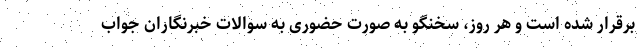
برقرار شده است و هر روز، سخنگو به صورت حضوری به سوالات خبرنگاران جواب